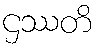
ဌဿတိ